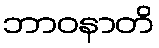
ဘာဝနာတိ